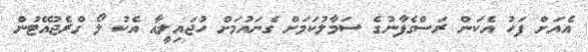
އެއަށް ފަހު އެކަން ރަސްގެފާނުގެ ސަމާލުކަމަށް ގެނައުމަށް ހުޖައިލީއާ އެކު ލޯ ގްރެޖުއޭޓުން